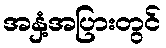
အနှံ့အပြားတွင်